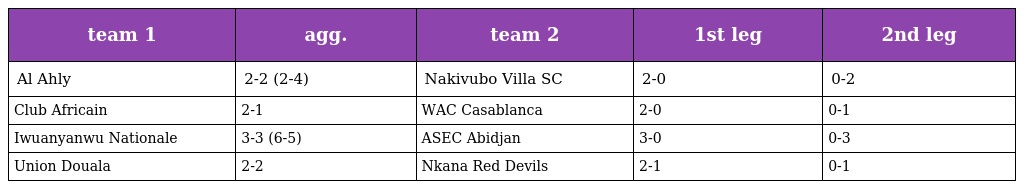
| team 1 | agg. | team 2 | 1st leg | 2nd leg |
 | --- | --- | --- | --- | --- |
 | Al Ahly | 2-2 (2-4) | Nakivubo Villa SC | 2-0 | 0-2 |
 | Club Africain | 2-1 | WAC Casablanca | 2-0 | 0-1 |
 | Iwuanyanwu Nationale | 3-3 (6-5) | ASEC Abidjan | 3-0 | 0-3 |
 | Union Douala | 2-2 | Nkana Red Devils | 2-1 | 0-1 |